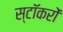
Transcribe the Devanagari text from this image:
स्टॉकरों